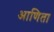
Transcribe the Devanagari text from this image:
आणिता